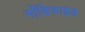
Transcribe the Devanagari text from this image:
र्मोडिफाइड